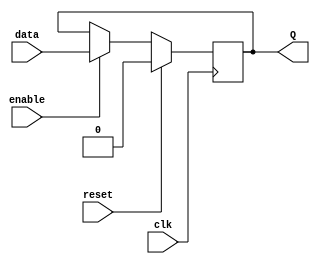
module latch (
    input clk,
    input reset,
    input enable,
    input data,
    output reg Q
);

always @(posedge clk) begin
    if (reset) begin
        Q <= 1'b0;
    end 
    else if (enable) begin
        Q <= data;
    end 
end

endmodule